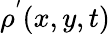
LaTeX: \rho^{'}(x,y,t)